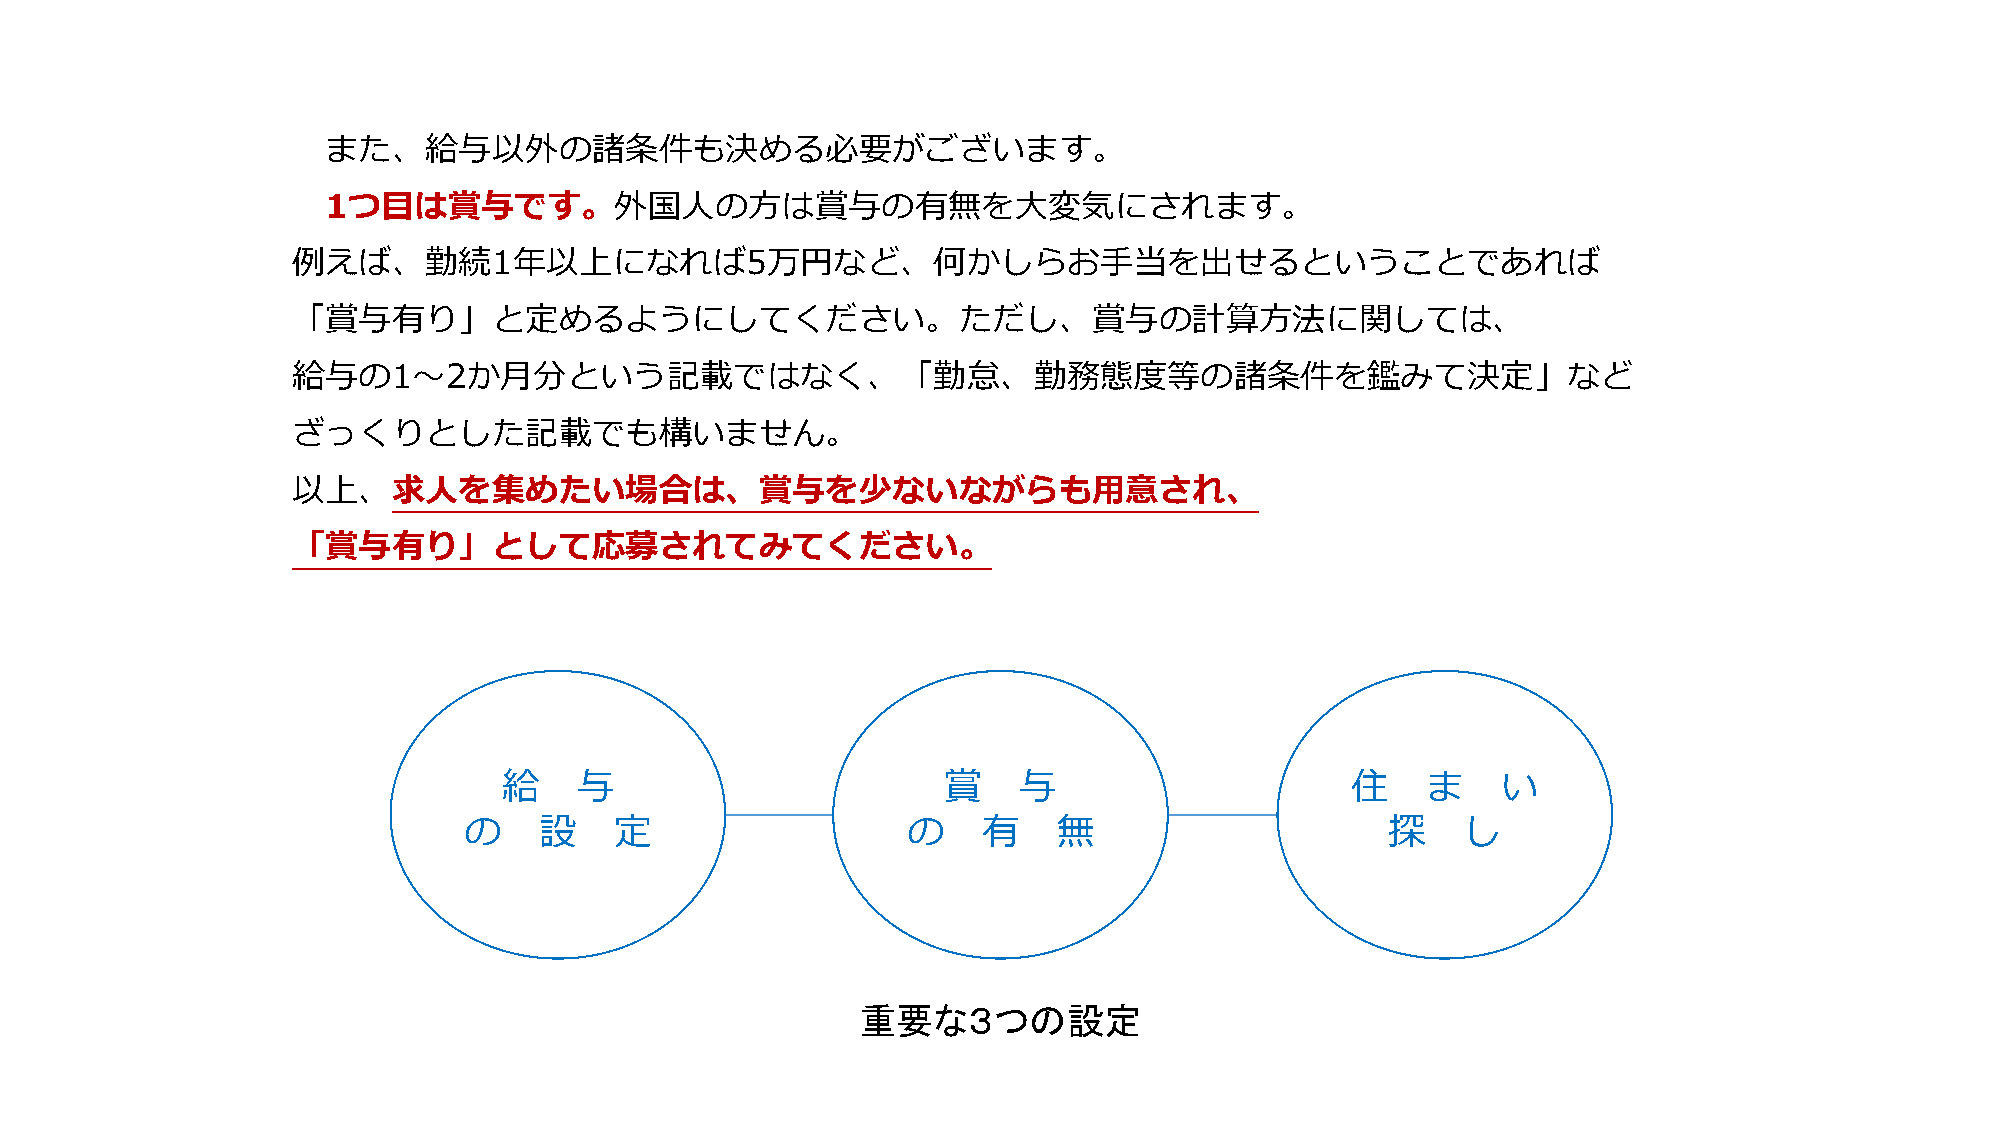
また、給与以外の諸条件も決める必要がございます。
 1つ目は賞与です。外国人の方は賞与の有無を大変気にされます。
 例えば、勤続1年以上になれば5万円など、何かしらお手当を出せるということであれば
 「賞与有り」と定めるようにしてください。ただし、賞与の計算方法に関しては、
 給与の1～2か月分という記載ではなく、「勤怠、勤務態度等の諸条件を鑑みて決定」など
 ざっくりとした記載でも構いません。
 以上、求人を集めたい場合は、賞与を少ないながらも用意され、
 「賞与有り」として応募されてみてください。
 給    与                       賞    与                     住    ま    い
 の    設    定                  の    有    無                     探    し
 重要な３つの設定